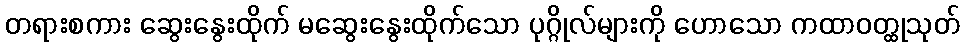
တရားစကား ဆွေးနွေးထိုက် မဆွေးနွေးထိုက်သော ပုဂ္ဂိုလ်များကို ဟောသော ကထာဝတ္ထုသုတ်